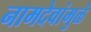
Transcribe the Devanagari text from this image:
नामदेवांमुळे